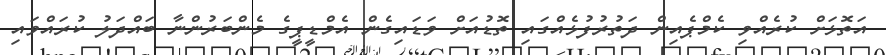
އަތޮޅަށް ކުރެއްވި ކެމްޕެއިން ދަތުރުފުޅެއްގައި ތޮޑުއަށް ވަޑައިގެން އެމްޑީޕީގެ މެންބަރުންނާ ބައްދަލު ކުރައްވައި